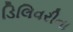
ડિલિવરીના